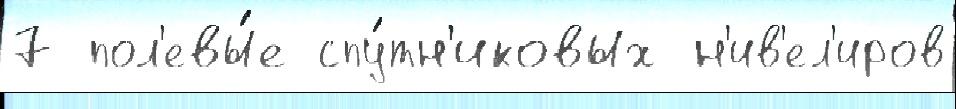
7 пол'евы́е спу́тн'иковых н'ив'ел'иров